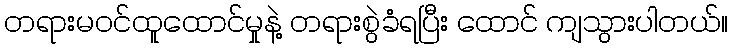
တရားမဝင်ထူထောင်မှုနဲ့ တရားစွဲခံရပြီး ထောင် ကျသွားပါတယ်။